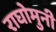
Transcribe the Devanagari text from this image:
राघोमुनी